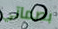
بصماتي